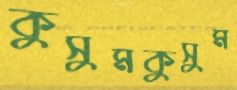
কুসুমকুসুম